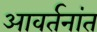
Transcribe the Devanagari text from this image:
आवर्तनांत